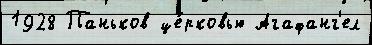
1928 Паньков це́рковью Агафанг'ел